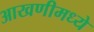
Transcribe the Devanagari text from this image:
आखणीमध्ये